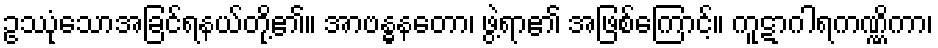
ဥဿုံသောအခြင်ရနယ်တို့၏။ အာဗန္ဓနတော၊ ဖွဲ့ရာ၏ အဖြစ်ကြောင့်။ ကူဋာဂါရကဏ္ဏိကာ၊